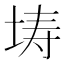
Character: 𭎜